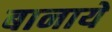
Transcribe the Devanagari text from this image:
बानाये